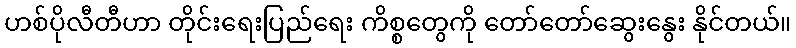
ဟစ်ပိုလီတီဟာ တိုင်းရေးပြည်ရေး ကိစ္စတွေကို တော်တော်ဆွေးနွေး နိုင်တယ်။